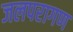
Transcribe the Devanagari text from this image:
जलपरागण